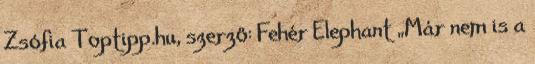
Zsófia Toptipp.hu, szerző: Fehér Elephant „Már nem is a